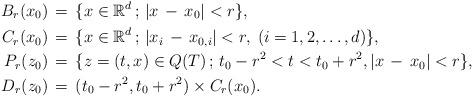
LaTeX: \begin{align*}B_r (x_0) & \, = \, \{ x \in \mathbb{R}^d \, ; \, | x \, - \, x_0 | < r \}, \\C_r (x_0) & \, = \, \{ x \in \mathbb{R}^d \,; \, | x_i \, - \, x_{0,i} | < r, \; ( i = 1,2,\ldots,d) \},\\P_r (z_0) & \, = \, \{ z=(t,x) \in Q(T) \, ; \, t_0 - r^2 < t < t_0 + r^2, | x \, - \, x_0 | < r\},\\D_r (z_0) & \, = \, (t_0-r^2,t_0+r^2) \times C_r (x_0).\end{align*}